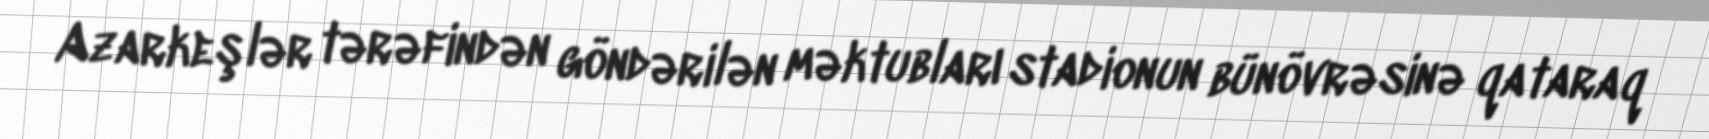
Azarkeşlər tərəfindən göndərilən məktubları stadionun bünövrəsinə qataraq